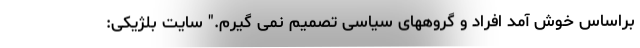
براساس خوش آمد افراد و گروههای سیاسی تصمیم نمی گیرم." سایت بلژیکی: